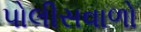
પોલીસવાળો